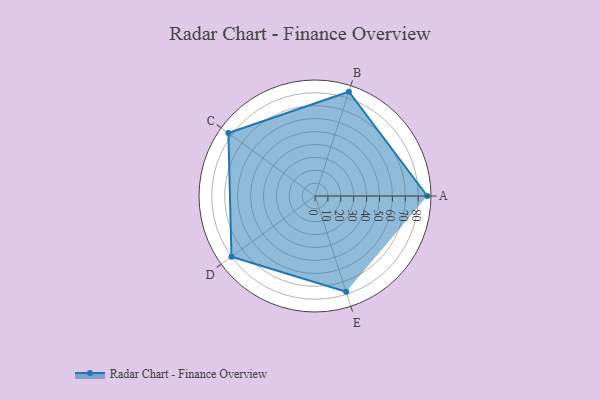
{"axis": {"x": "Skill", "y": "Score"}, "legend": ["Profile"], "data": [{"x": "A", "y": 87.0, "type": "Profile"}, {"x": "B", "y": 85.0, "type": "Profile"}, {"x": "C", "y": 83.0, "type": "Profile"}, {"x": "D", "y": 80.0, "type": "Profile"}, {"x": "E", "y": 78.0, "type": "Profile"}]}